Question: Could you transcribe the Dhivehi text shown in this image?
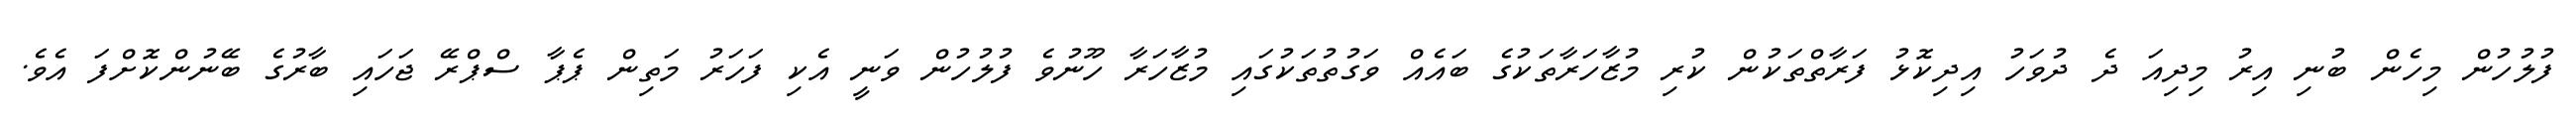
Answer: ފުލުހުން މިހެން ބުނި އިރު މިދިއަ ދެ ދުވަހު އިދިކޮޅު ފަރާތްތަކުން ކުރި މުޒާހަރާތަކުގެ ބައެއް ވަގުތުތަކުގައި މުޒާހަރާ ހޫނުވެ ފުލުހުން ވަނީ އެކި ފަހަރު މަތިން ޕެޕާ ސްޕްރޭ ޖަހައި ބާރުގެ ބޭނުންކޮށްފަ އެވެ.